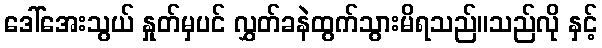
ဒေါ်အေးသွယ် နှုတ်မှပင် လွှတ်ခနဲထွက်သွားမိရသည်။သည်လို နှင့်